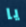
يا